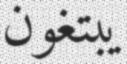
يبتغون